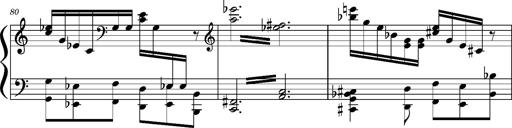
Title: Concerto sans orchestre, S.524a
Composer: Franz Liszt
Key: A major